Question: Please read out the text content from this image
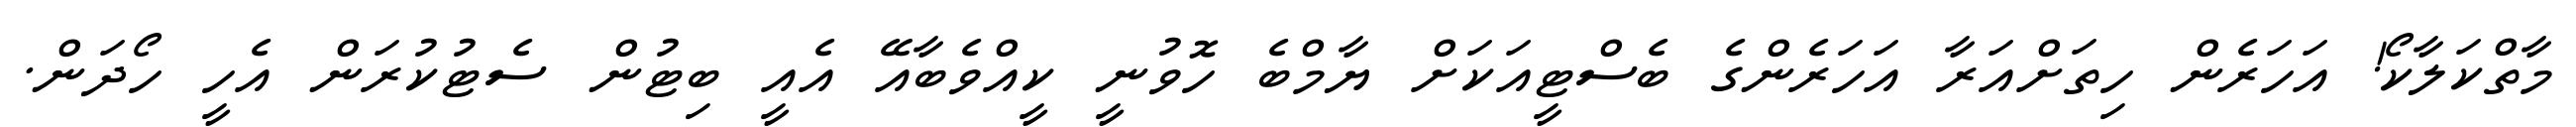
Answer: މާތްކަލާކޯ! އަހަރެން ހިތަށްއަރާ އަހަރެންގެ ބެސްޓީއަކަށް ޔާމްބެ ހޮވުނީ ކީއްވެބާއޭ އެއީ ބިޓުން ސެޓުކުރަން އެހީ ހޯދަން.